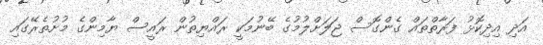
އަދި އިދިކޮޅު ފަރާތްތައް ގެންގޮސް ޖަލަށްލުމުގެ ބޭނުމަކީ ރައްޔިތުން ރައީސް ޔާމިންގެ މުށުތެރޭގައި